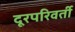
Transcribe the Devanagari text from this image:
दूरपरिवर्ती